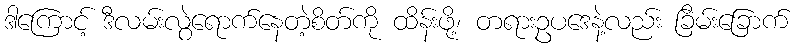
ဒါကြောင့် ဒီလမ်းလွဲရောက်နေတဲ့စိတ်ကို ထိန်းဖို့၊ တရားဥပဒေနဲ့လည်း ခြိမ်းခြောက်